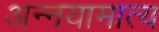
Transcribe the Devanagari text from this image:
अन्नयामात्य